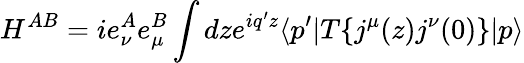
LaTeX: H^{AB}=ie_{\nu}^{A}e_{\mu}^{B}\int dze^{iq^{\prime}z}\langle p^{\prime}|T\{ j^{\mu}(z)j^{\nu}(0)\} |p\rangle